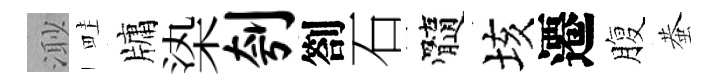
𣺌畦牗𣑱刳劄石髓垓遷腹蛬